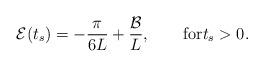
LaTeX: \begin{align*}\mathcal{E}(t_s) = -\frac{\pi}{6L} + \frac{\mathcal{B}}{L}, \qquad\mbox{for}t_s>0.\end{align*}